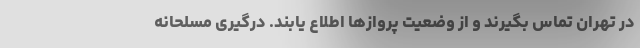
در تهران تماس بگیرند و از وضعیت پروازها اطلاع یابند. درگیری مسلحانه